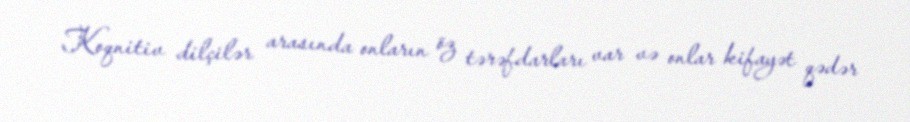
Koqnitiv dilçilər arasında onların öz tərəfdarları var və onlar kifayət qədər